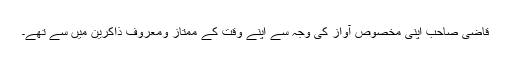
قاضی صاحب اپنی مخصوص آواز کی وجہ سے اپنے وقت کے ممتاز ومعروف ذاکرین میں سے تھے۔